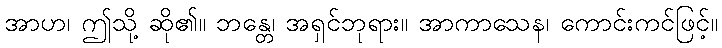
အာဟ၊ ဤသို့ ဆို၏။ ဘန္တေ၊ အရှင်ဘုရား။ အာကာသေန၊ ကောင်းကင်ဖြင့်။